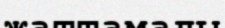
жаттамалы